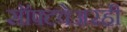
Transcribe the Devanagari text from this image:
सॉफ्टवेअरही